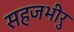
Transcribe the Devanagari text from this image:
सहजभीरु